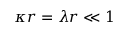
\kappa r = \lambda r \ll 1